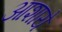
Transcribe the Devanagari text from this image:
आशाये